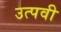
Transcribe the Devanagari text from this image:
उत्पवी